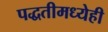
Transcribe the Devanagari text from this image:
पद्धतीमध्येही